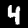
Label: 4